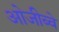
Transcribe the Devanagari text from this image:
ओजीब्वे